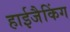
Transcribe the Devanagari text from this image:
हाईजैकिंग